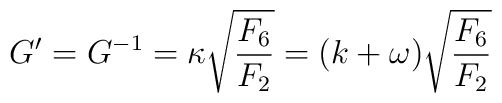
G^\prime = G^{-1} = \kappa \sqrt{{F_6 \over F_2} }       = (k + \omega) \sqrt{{F_6 \over F_2} }